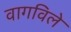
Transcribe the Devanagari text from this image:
वागविले